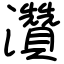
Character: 灒